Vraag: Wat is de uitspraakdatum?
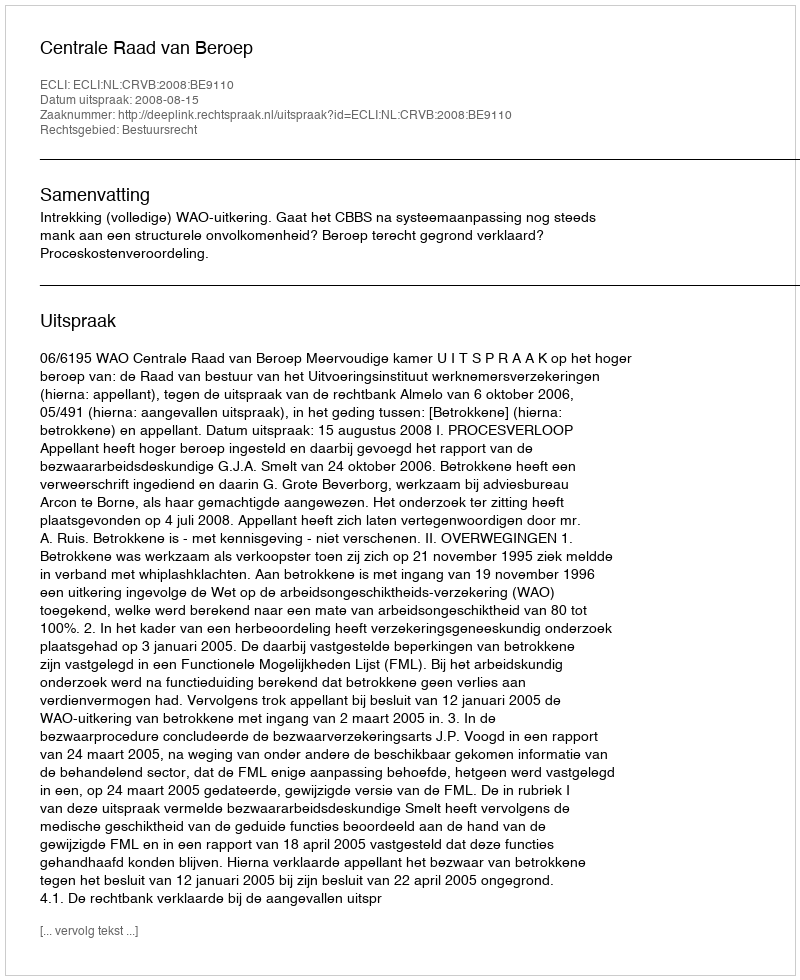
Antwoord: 2008-08-15